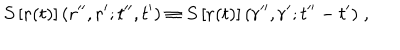
S \left[ { \bf r } ( t ) \right] ( { \bf r } ^ { \prime \prime } , { \bf r } ^ { \prime } ; t ^ { \prime \prime } , t ^ { \prime } ) \equiv S \left[ { \bf r } ( t ) \right] ( { \bf r } ^ { \prime \prime } , { \bf r } ^ { \prime } ; t ^ { \prime \prime } - t ^ { \prime } ) \; ,